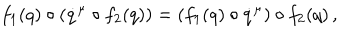
f _ { 1 } ( q ) \circ ( \dot { q } ^ { \mu } \circ f _ { 2 } ( q ) ) = ( f _ { 1 } ( q ) \circ \dot { q } ^ { \mu } ) \circ f _ { 2 } ( q ) \, ,